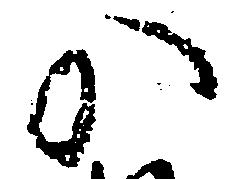
か